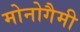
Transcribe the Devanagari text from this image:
मोनोगैमी